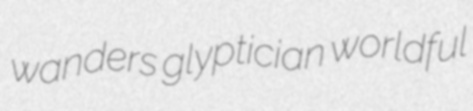
wanders glyptician worldful